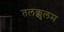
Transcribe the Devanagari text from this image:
तलक्कुलम